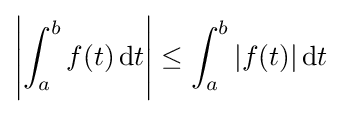
\left|\int _{a}^{b}f(t)\,\mathrm {d} t\right|\leq \int _{a}^{b}|f(t)|\,\mathrm {d} t